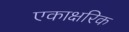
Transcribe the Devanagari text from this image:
एकाक्षरिक